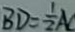
B D = \frac { 1 } { 2 } A C